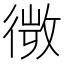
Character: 𢕄